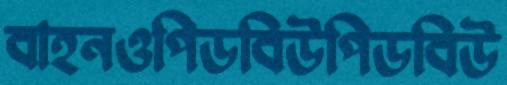
বাহনওপিডবিউপিডবিউ